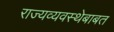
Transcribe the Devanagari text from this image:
राज्यव्यवस्थेबाबत